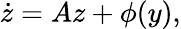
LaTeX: {\dot{z}}=Az+\phi(y),